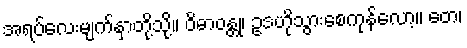
အရပ်လေးမျက်နှာတို့သို့။ ဝိဓာဝန္တု၊ ဥဒဟိုသွားစေကုန်လော့။ တေ၊